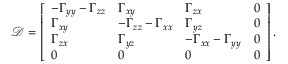
\mathcal { D } = \left[ \begin{array} { l l l l } { - \Gamma _ { y y } - \Gamma _ { z z } } & { \Gamma _ { x y } } & { \Gamma _ { z x } } & { 0 } \\ { \Gamma _ { x y } } & { - \Gamma _ { z z } - \Gamma _ { x x } } & { \Gamma _ { y z } } & { 0 } \\ { \Gamma _ { z x } } & { \Gamma _ { y z } } & { - \Gamma _ { x x } - \Gamma _ { y y } } & { 0 } \\ { 0 } & { 0 } & { 0 } & { 0 } \end{array} \right] .